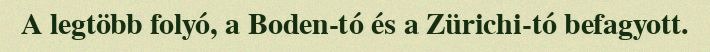
A legtöbb folyó, a Boden-tó és a Zürichi-tó befagyott.